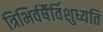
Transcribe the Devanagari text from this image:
त्रिभिर्वर्षैर्विशुध्यति